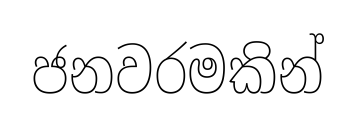
ජනවරමකින්